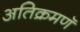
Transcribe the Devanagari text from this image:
अतिक्रमणॅ